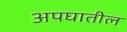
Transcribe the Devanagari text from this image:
अपघातील